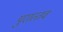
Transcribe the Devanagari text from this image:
पुरात्‍तव